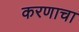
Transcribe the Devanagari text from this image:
करणाचा